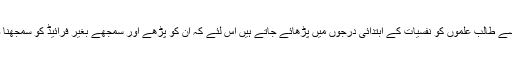
دفاعی میکانیت کے یہ اصول ہم جیسے طالب علموں کو نفسیات کے ابتدائی درجوں میں پڑھائے جاتے ہیں اس لئے کہ ان کو پڑھے اور سمجھے بغیر فرائیڈ کو سمجھنا صرف مشکل نہیں بلکہ ناممکن ہے۔